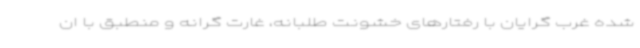
شده غرب گرایان با رفتارهای خشونت طلبانه، غارت گرانه و منطبق با ان